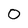
Character: 0